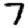
Digit: 7